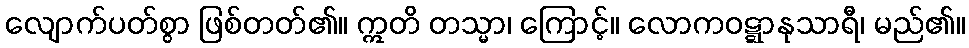
လျောက်ပတ်စွာ ဖြစ်တတ်၏။ ဣတိ တသ္မာ၊ ကြောင့်။ လောကဝဋ္ဋာနုသာရီ၊ မည်၏။